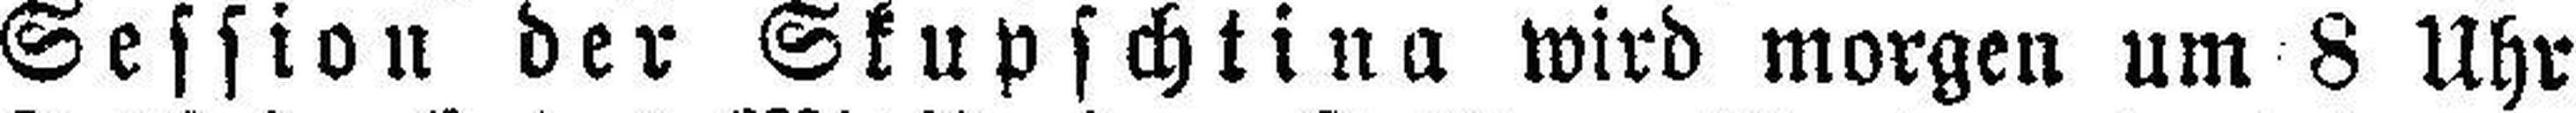
Session der Skupschtina wird morgen um 8 Uhr